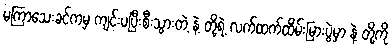
မကြာသေးခင်ကမှ ကျင်းပပြီးစီးသွားတဲ့ နဲ့ တို့ရဲ့ လက်ထက်ထိမ်းမြားပွဲမှာ နဲ့ တို့ကို